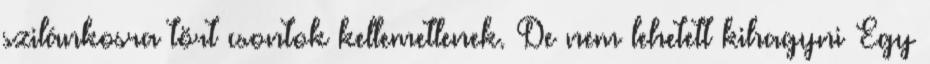
szilánkosra tört csontok kellemetlenek. De nem lehetett kihagyni Egy